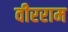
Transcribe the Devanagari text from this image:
वीरराम